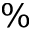
\%